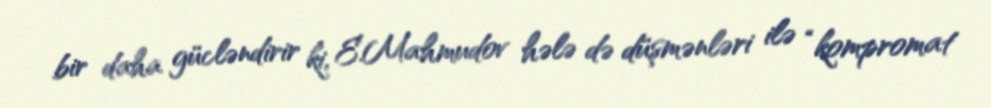
bir daha gücləndirir ki, E.Mahmudov hələ də düşmənləri ilə “kompromat